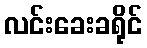
လင်းခေးခရိုင်